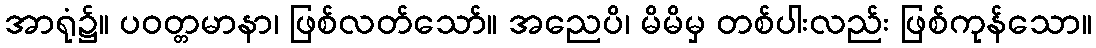
အာရုံ၌။ ပဝတ္တမာနာ၊ ဖြစ်လတ်သော်။ အညေပိ၊ မိမိမှ တစ်ပါးလည်း ဖြစ်ကုန်သော။